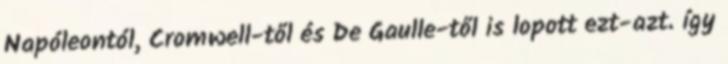
Napóleontól, Cromwell-től és De Gaulle-től is lopott ezt-azt. így